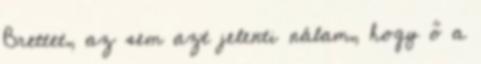
Brettet, az sem azt jelenti nálam, hogy ő a